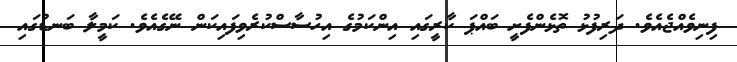
ފިނިވެއްޖެއެވެ. ދަރިފުޅު ތޮޅެންފެށީ ބައްޕަ ކާރީގައި އިންކަމުގެ އިހުސާސްކުރެވިފައިކަން ނޭގެއެވެ. ކަމީލާ ބަނޑުގައި